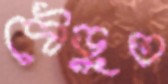
দৌড়ুত